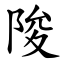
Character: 陖